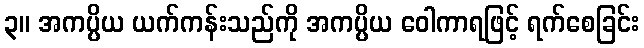
၃။ အကပ္ပိယ ယက်ကန်းသည်ကို အကပ္ပိယ ဝေါကာရဖြင့် ရက်စေခြင်း